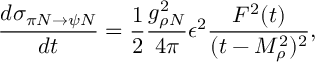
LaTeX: { \frac { d \sigma _ { \pi N \to \psi N } } { d t } } = { \frac { 1 } { 2 } } { \frac { g _ { \rho N } ^ { 2 } } { 4 \pi } } \epsilon ^ { 2 } { \frac { F ^ { 2 } ( t ) } { ( t - M _ { \rho } ^ { 2 } ) ^ { 2 } } } ,